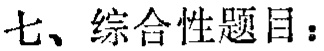
七、综合性题目：